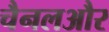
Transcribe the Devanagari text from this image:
चैनलऔर